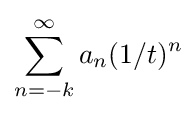
\sum _{n=-k}^{\infty }a_{n}(1/t)^{n}